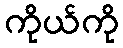
ကိုယ်ကို